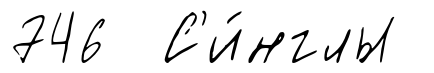
746 С'и́нглы